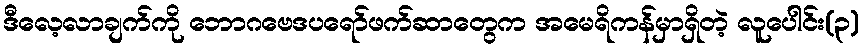
ဒီလေ့လာချက်ကို ဘောဂဗေဒပရော်ဖက်ဆာတွေက အမေရိကန်မှာရှိတဲ့ လူပေါင်း(၃)